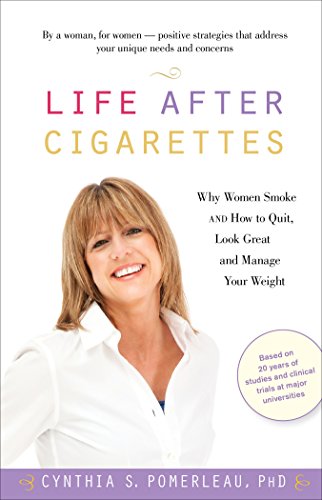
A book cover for Life After Cigarettes: Why Women Smoke and How to Quit, Look Great, and Manage Your Weight; Cynthia S. Pomerleau; Health, Fitness & Dieting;